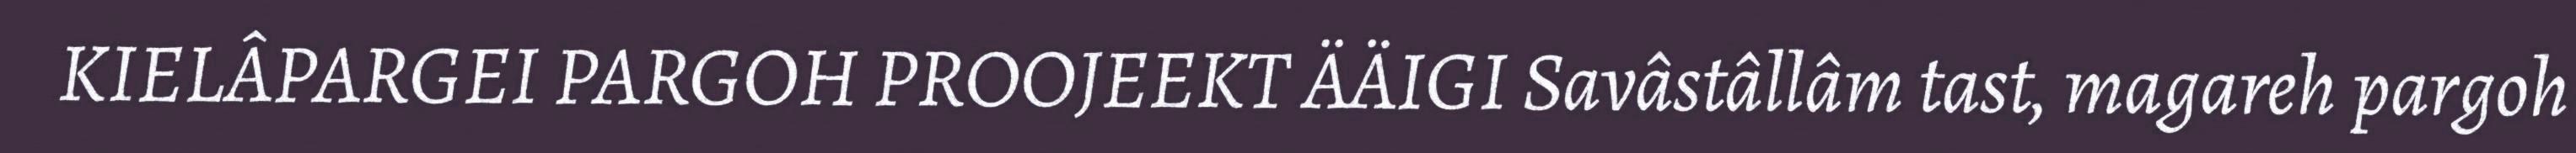
KIELÂPARGEI PARGOH PROOJEEKT ÄÄIGI Savâstâllâm tast, magareh pargoh